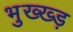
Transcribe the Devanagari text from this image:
भुख्ख्ड़